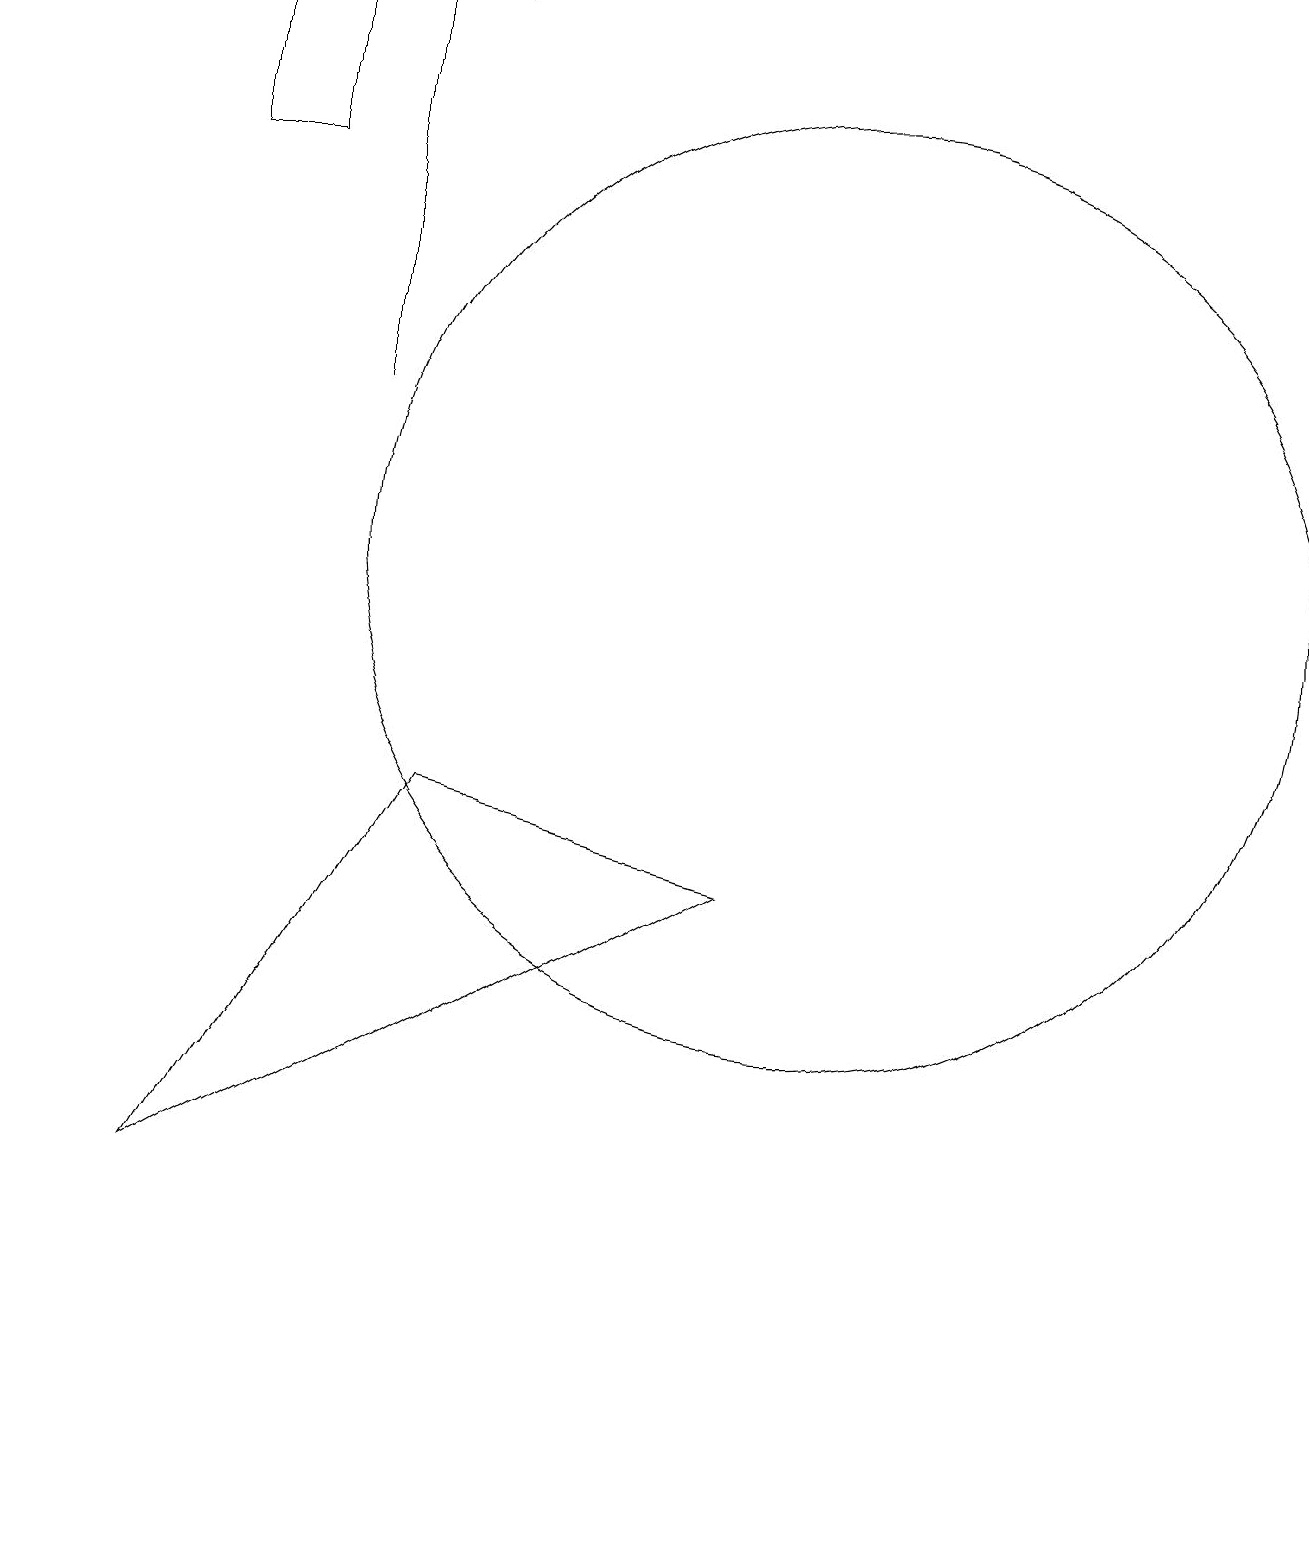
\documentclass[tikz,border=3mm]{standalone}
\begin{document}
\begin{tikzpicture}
\draw (4,14) rectangle (4,19);
\draw (10,12) circle (6);
\draw (4,19) rectangle (5,19);
\draw (3,19) rectangle (2,17);
\draw (0,4) -- (0,5) -- (0,0) -- cycle;
\draw (2,4) -- (5,9) -- (9,8) -- cycle;
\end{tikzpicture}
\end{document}